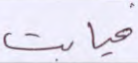
غيابت